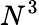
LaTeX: N^{3}